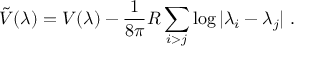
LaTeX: \tilde { V } ( \lambda ) = V ( \lambda ) - \frac { 1 } { 8 \pi } R \sum _ { i > j } \log | \lambda _ { i } - \lambda _ { j } | ~ .